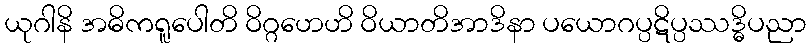
ယုဂါနိ အဓိကရူပေါတိ ဝိဂ္ဂဟေဟိ ဝိယာတိအာဒိနာ ပယောဂပ္ပဋိပ္ပဿဒ္ဓိပညာ